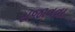
સજાવવા